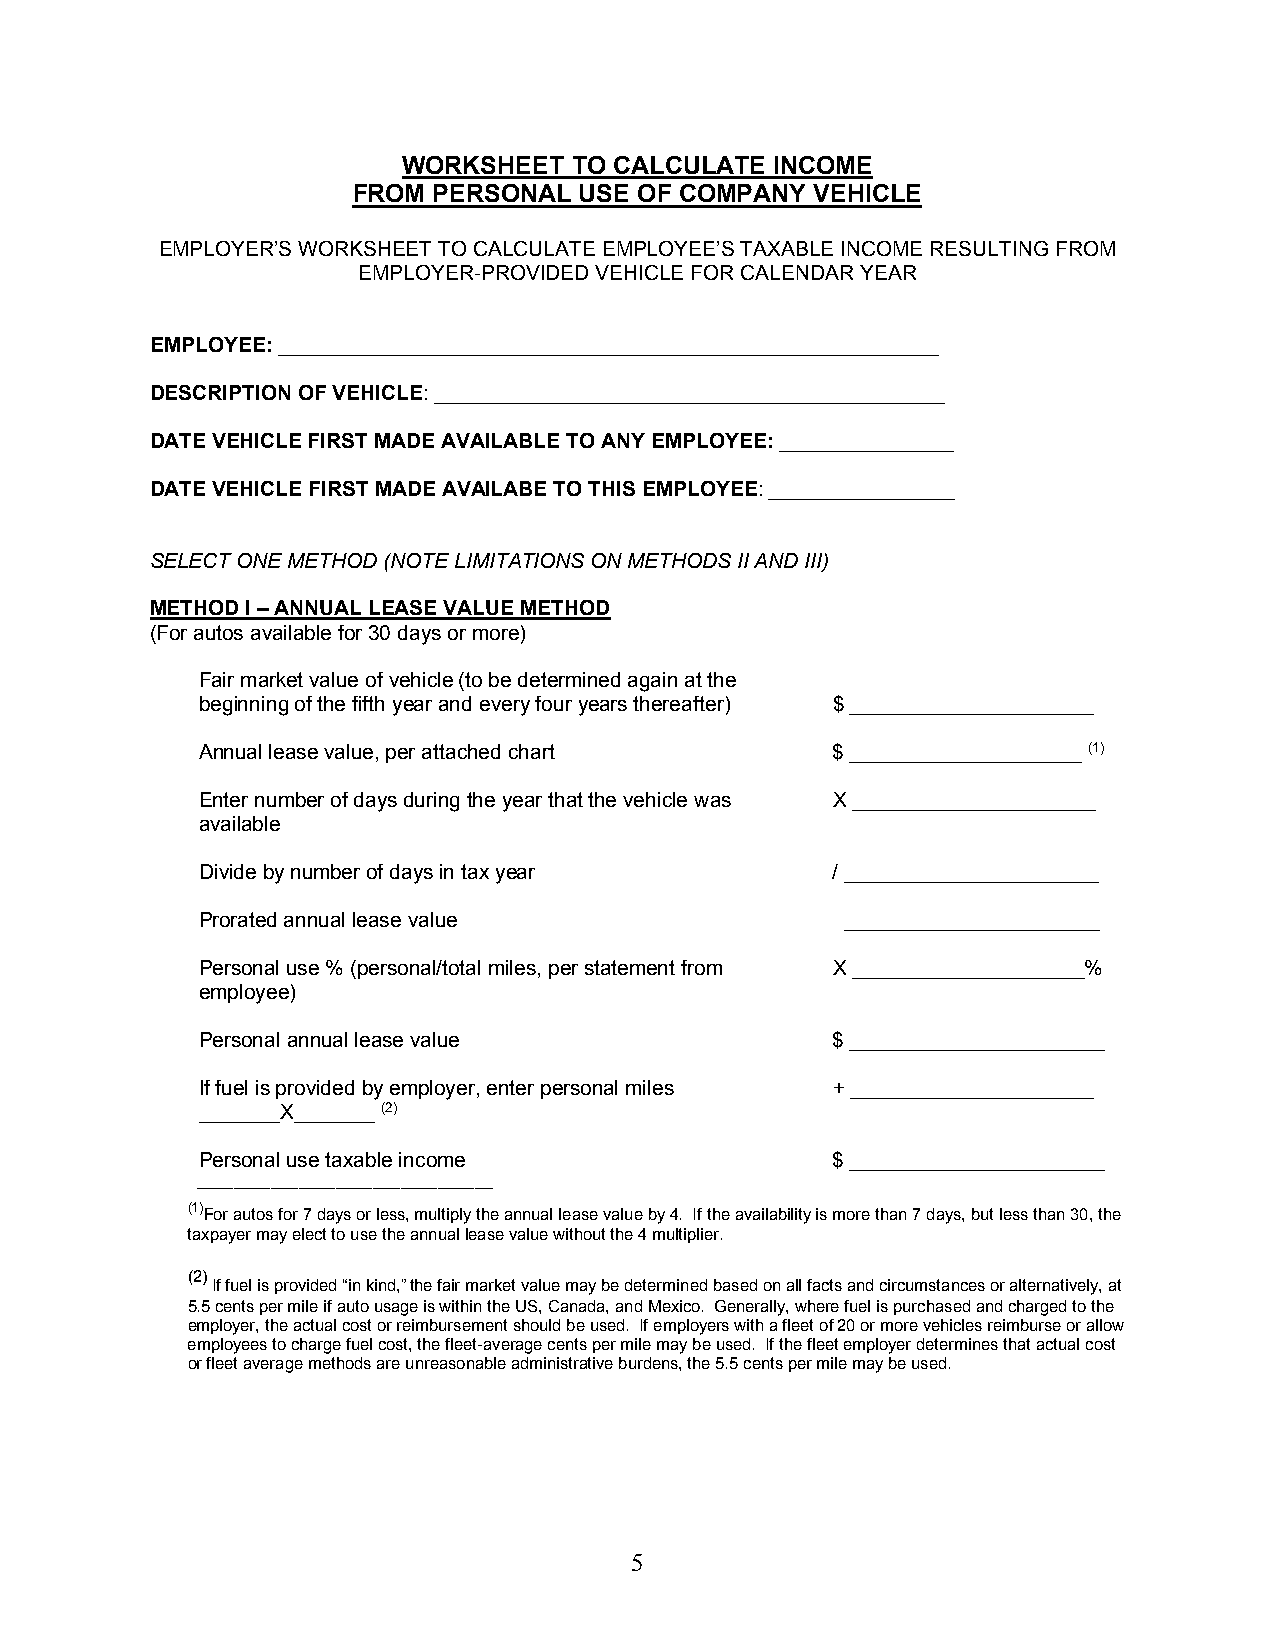
WORKSHEET  TO CALCULATE INCOME
 FROM  PERSONAL USE OF COMPANY  VEHICLE
 EMPLOYER’S WORKSHEET TO CALCULATE EMPLOYEE’S TAXABLE INCOME RESULTING FROM
 EMPLOYER-PROVIDED VEHICLE FOR CALENDAR YEAR
 EMPLOYEE: _________________________________________________________
 DESCRIPTION OF VEHICLE: ____________________________________________
 DATE VEHICLE FIRST MADE AVAILABLE TO ANY EMPLOYEE: _______________
 DATE VEHICLE FIRST MADE AVAILABE TO THIS EMPLOYEE: ________________
 SELECT ONE METHOD (NOTE LIMITATIONS ON METHODS II AND III)
 METHOD I – ANNUAL LEASE VALUE METHOD
 (For autos available for 30 days or more)
 Fair market value of vehicle (to be determined again at the
 beginning of the fifth year and every four years thereafter) $ _____________________
 Annual lease value, per attached chart    $ ____________________ (1)
 Enter number of days during the year that the vehicle was X _____________________
 available
 Divide by number of days in tax year      / ______________________
 Prorated annual lease value                ______________________
 Personal use % (personal/total miles, per statement from X ____________________%
 employee)
 Personal annual lease value               $ ______________________
 If fuel is provided by employer, enter personal miles + _____________________
 _______X_______ (2)
 Personal use taxable income               $ ______________________
 ________________________________
 (1)For autos for 7 days or less, multiply the annual lease value by 4. If the availability is more than 7 days, but less than 30, the
 taxpayer may elect to use the annual lease value without the 4 multiplier.
 (2)
 If fuel is provided “in kind,” the fair market value may be determined based on all facts and circumstances or alternatively, at
 5.5 cents per mile if auto usage is within the US, Canada, and Mexico. Generally, where fuel is purchased and charged to the
 employer, the actual cost or reimbursement should be used. If employers with a fleet of 20 or more vehicles reimburse or allow
 employees to charge fuel cost, the fleet-average cents per mile may be used. If the fleet employer determines that actual cost
 or fleet average methods are unreasonable administrative burdens, the 5.5 cents per mile may be used.
 5